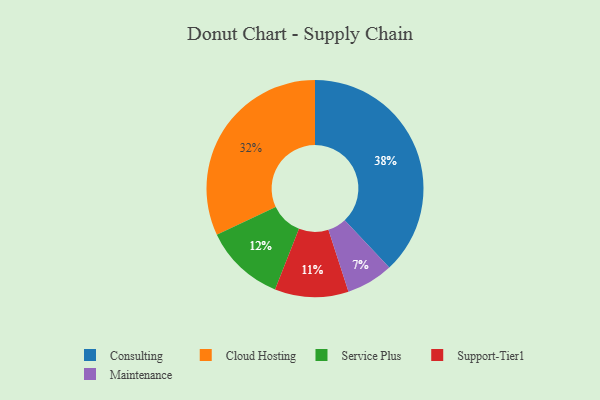
{"axis": {"x": "Category", "y": "Percentage"}, "legend": ["Cloud Hosting", "Consulting", "Maintenance", "Service Plus", "Support-Tier1"], "data": [{"x": "Maintenance", "y": 7, "type": "Maintenance"}, {"x": "Consulting", "y": 38, "type": "Consulting"}, {"x": "Cloud Hosting", "y": 32, "type": "Cloud Hosting"}, {"x": "Support-Tier1", "y": 11, "type": "Support-Tier1"}, {"x": "Service Plus", "y": 12, "type": "Service Plus"}]}